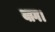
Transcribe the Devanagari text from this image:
याग।